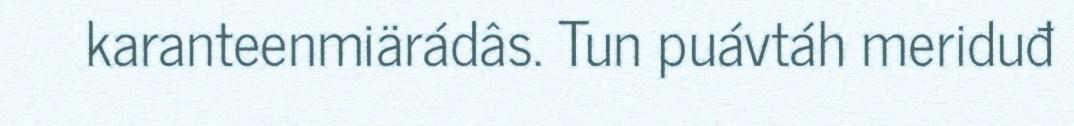
karanteenmiärádâs. Tun puávtáh meriduđ